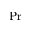
\mathrm { P r }